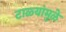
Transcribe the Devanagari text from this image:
टाळ्यांमुळे